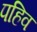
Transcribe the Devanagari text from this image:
पहिव